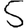
Digit: 5